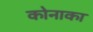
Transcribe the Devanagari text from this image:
कोनाका